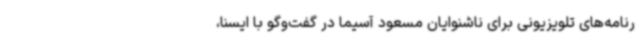
رنامه‌های تلویزیونی برای ناشنوایان مسعود آسیما در گفت‌وگو با ایسنا،